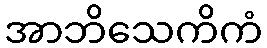
အာဘိသေကိကံ